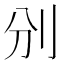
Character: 𠚼